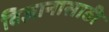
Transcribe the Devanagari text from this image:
विज्ञानासाठी